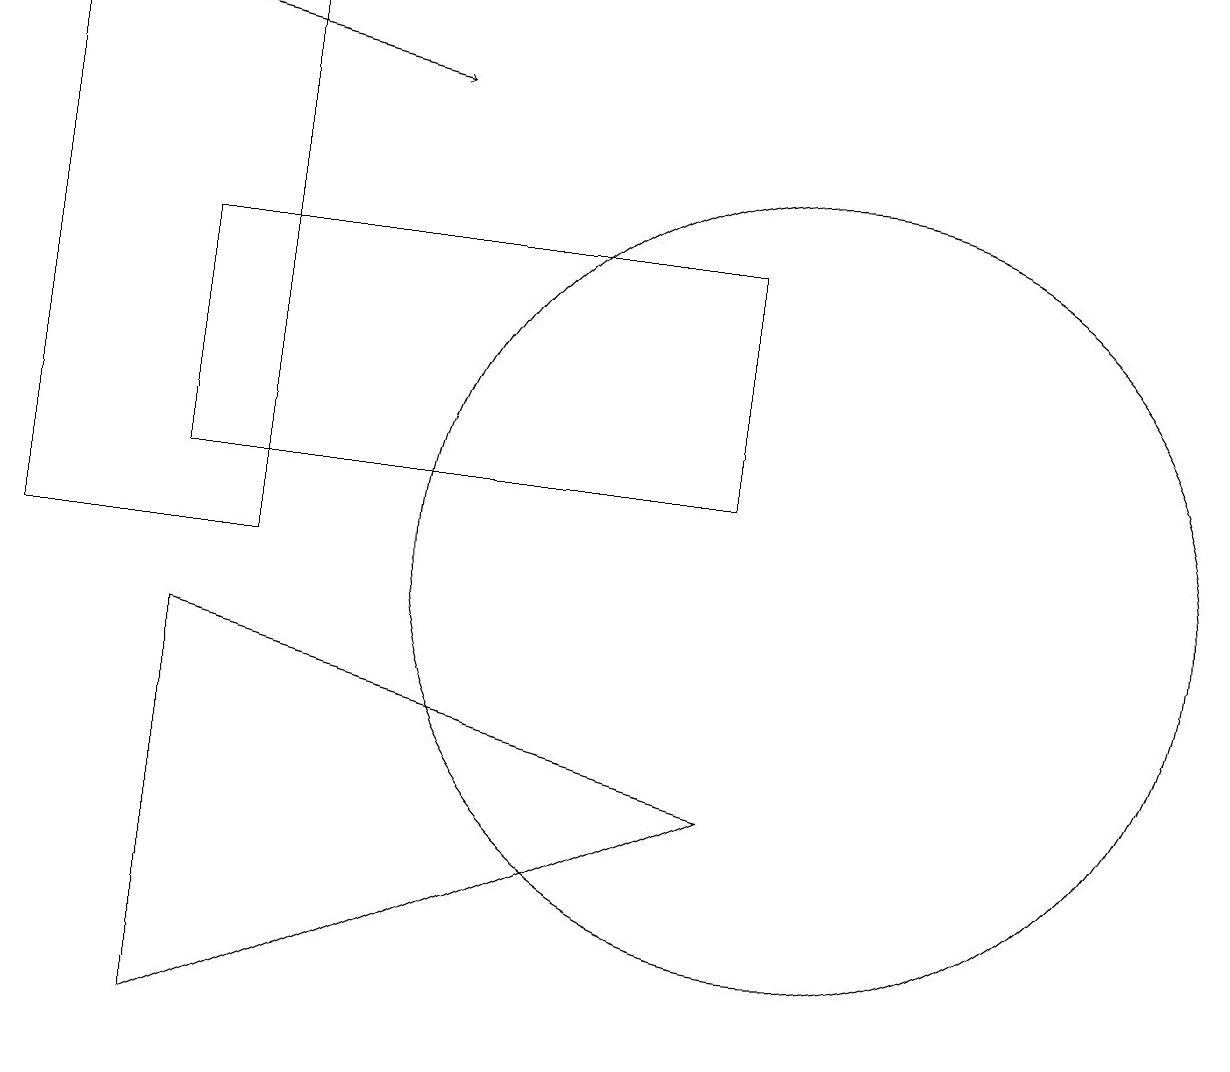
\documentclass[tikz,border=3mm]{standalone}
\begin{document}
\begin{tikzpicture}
\draw (9,7) -- (2,4) -- (2,9) -- cycle;
\draw (3,17) rectangle (0,10);
\draw (10,10) circle (5);
\draw[->] (1,17) -- (5,16);
\draw (9,11) rectangle (2,14);
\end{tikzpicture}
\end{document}